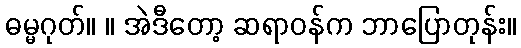
ဓမ္မဂုတ်။ ။ အဲဒီတော့ ဆရာဝန်က ဘာပြောတုန်း။